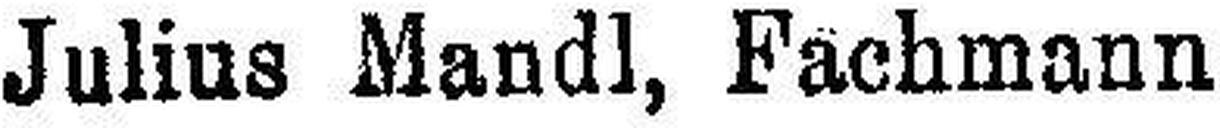
Julius Mandl, Fachmann